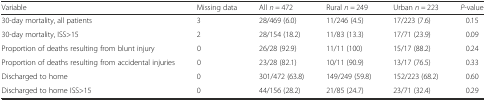
<table><thead><tr><td><b>Variable</b></td><td><b>Missing data</b></td><td><b>All <i>n =</i> 472</b></td><td><b>Rural <i>n =</i> 249</b></td><td><b>Urban <i>n =</i> 223</b></td><td><b><i>P</i>-value</b></td></tr></thead><tbody><tr><td>30-day mortality, all patients</td><td>3</td><td>28/469 (6.0)</td><td>11/246 (4.5)</td><td>17/223 (7.6)</td><td>0.15</td></tr><tr><td>30-day mortality, ISS&gt;15</td><td>2</td><td>28/154 (18.2)</td><td>11/83 (13.3)</td><td>17/71 (23.9)</td><td>0.09</td></tr><tr><td>Proportion of deaths resulting from blunt injury</td><td>0</td><td>26/28 (92.9)</td><td>11/11 (100)</td><td>15/17 (88.2)</td><td>0.24</td></tr><tr><td>Proportion of deaths resulting from accidental injuries</td><td>0</td><td>23/28 (82.1)</td><td>10/11 (90.9)</td><td>13/17 (76.5)</td><td>0.33</td></tr><tr><td>Discharged to home</td><td>0</td><td>301/472 (63.8)</td><td>149/249 (59.8)</td><td>152/223 (68.2)</td><td>0.60</td></tr><tr><td>Discharged to home ISS&gt;15</td><td>0</td><td>44/156 (28.2)</td><td>21/85 (24.7)</td><td>23/71 (32.4)</td><td>0.29</td></tr></tbody></table>